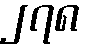
၂၇၈